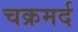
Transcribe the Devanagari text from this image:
चक्रमर्द